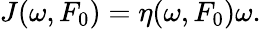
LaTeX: J(\omega,F_{0})=\eta(\omega,F_{0})\omega.